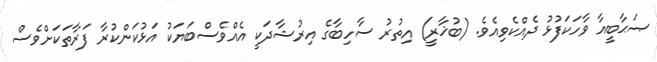
ޞަޙާބީއާ ވާހަކަފުޅު ދެއްކެވިއެވެ. (ބުޚާރީ) އިތުރު ސާހިބާގެ އިރުޝާދަކީ އެއްވެސްބަޔަކު އަޅުކަންކުރާ ފަރާތަކަށްވެސް